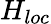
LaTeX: H_{loc}